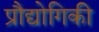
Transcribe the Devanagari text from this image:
प्रौद्योगिकी